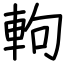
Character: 軥